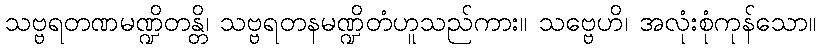
သဗ္ဗရတဏမဏ္ဍိတန္တိ၊ သဗ္ဗရတနမဏ္ဍိတံဟူသည်ကား။ သဗ္ဗေဟိ၊ အလုံးစုံကုန်သော။